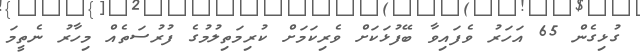
ގުޅިގެން 65 އަހަރު ވެފައިވާ ބޭފުޅަކަށް ވެރިކަމަށް ކުރިމަތިލުމުގެ ފުރުސަތެއް މިހާރު ނެތީމަ